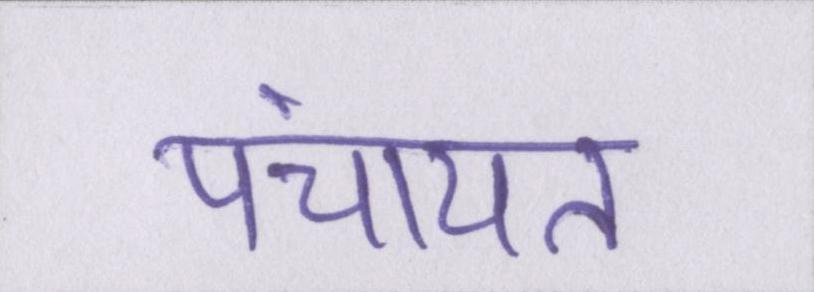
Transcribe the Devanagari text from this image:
पंचायत